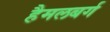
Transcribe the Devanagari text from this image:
हैमलबर्ग